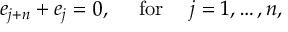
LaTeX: e _ { j + n } + e _ { j } = 0 , \mathrm { \ \ \ ~ f o r ~ \ \ \ } j = 1 , \ldots , n ,